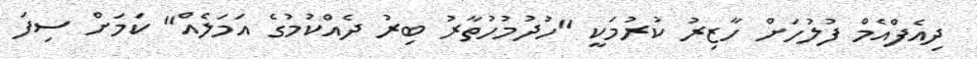
ދިއެފްއެމް ފުލުހަށް ހާޒިރު ކުރުމަކީ "ހުދުމުހުތާރު ބިރު ދެއްކުމުގެ އަމަލެއް" ކަމަށް ސިފަ